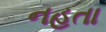
નહતા